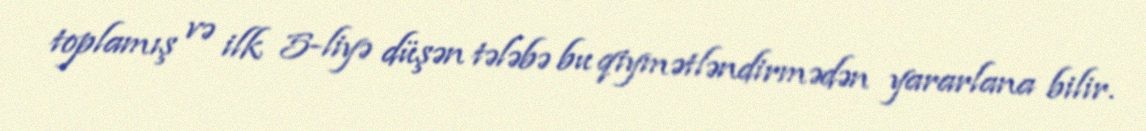
toplamış və ilk 5-liyə düşən tələbə bu qiymətləndirmədən yararlana bilir.